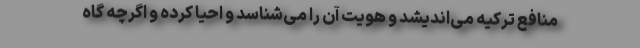
منافع ترکیه می‌اندیشد و هویت آن را می‌شناسد و احیا کرده و اگرچه گاه